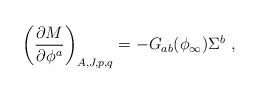
LaTeX: \begin{align*}\left( {\partial M \over \partial \phi^a}\right)_{A, J, p,q} = -G_{ab}(\phi_{\infty}) \Sigma ^b\ ,\end{align*}